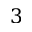
3